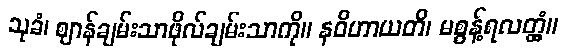
သုခံ၊ ဈာန်ချမ်းသာဖိုလ်ချမ်းသာကို။ နဝိဟာယတိ၊ မစွန့်ရလတ္တံ့။